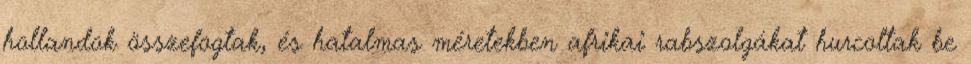
hollandok összefogtak, és hatalmas méretekben afrikai rabszolgákat hurcoltak be